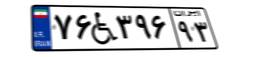
۷۶W۳۹۶۹۳